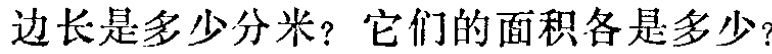
边长是多少分米？它们的面积各是多少？